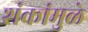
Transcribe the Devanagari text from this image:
शंकांमुळे